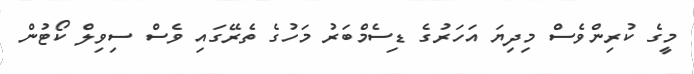
މީގެ ކުރިންވެސް މިދިޔަ އަހަރުގެ ޑިސެމްބަރު މަހުގެ ތެރޭގައި ވެސް ސިވިލް ކޯޓުން